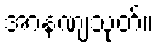
အာနဏျသုတ်။